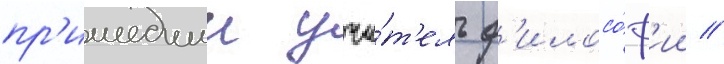
пр'ишедшии учи́т'ель ф'илосо́ф'ии //